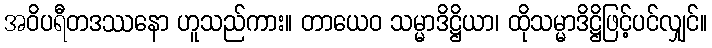
အဝိပရီတဒဿနော ဟူသည်ကား။ တာယေဝ သမ္မာဒိဋ္ဌိယာ၊ ထိုသမ္မာဒိဋ္ဌိဖြင့်ပင်လျှင်။